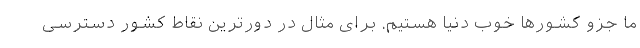
ما جزو کشورها خوب دنیا هستیم. برای مثال در دورترین نقاط کشور دسترسی